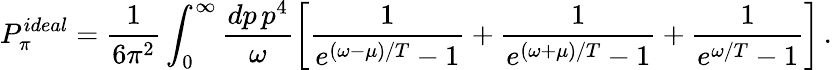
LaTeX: P_{\pi}^{ideal}=\frac{1}{6\pi^{2}}\int_{0}^{\infty}{\frac{dp\, p^{4}}{\omega}}\bigg[{\frac{1}{e^{(\omega-\mu)/T}-1}}+{\frac{1}{e^{(\omega+\mu)/T}-1}}+{\frac{1}{e^{\omega/T}-1}}\bigg]\, .